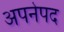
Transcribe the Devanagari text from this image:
अपनेपद